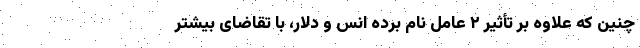
چنین که علاوه بر تأثیر ۲ عامل نام برده انس و دلار، با تقاضای بیشتر